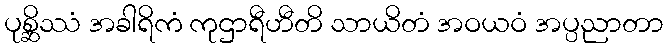
ပုစ္ဆိဿံ အခါရိကံ ကုဌာရီဟီတိ သာယိတံ အဝယဝံ အပ္ပညာတာ